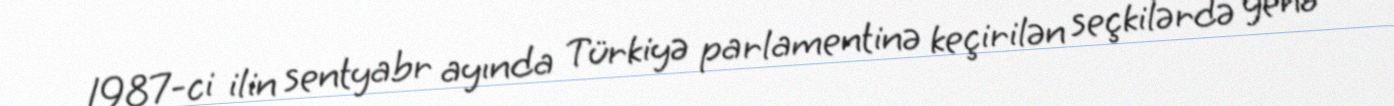
1987-ci ilin sentyabr ayında Türkiyə parlamentinə keçirilən seçkilərdə yenə